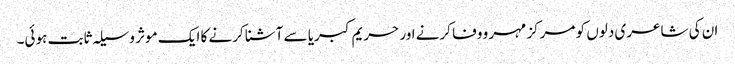
ان کی شاعری دلوں کو مرکز مہر و وفا کرنے اور حریم کبریا سے آشنا کرنے کا ایک موثر وسیلہ ثابت ہوئی۔